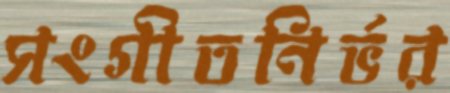
সংগীতনির্ভর